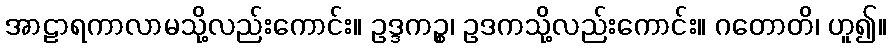
အာဠာရကာလာမသို့လည်းကောင်း။ ဥဒ္ဒကဉ္စ၊ ဥဒကသို့လည်းကောင်း။ ဂတောတိ၊ ဟူ၍။